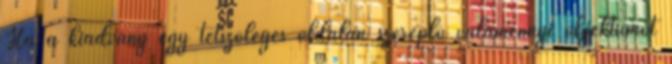
Ha a kiadvány egy tetszőleges oldalán szereplő valamennyi objektumot